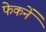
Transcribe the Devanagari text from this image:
फेकनें